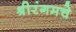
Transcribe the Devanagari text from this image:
श्रीरंगमचे